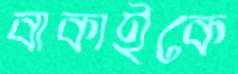
বাকাইকে